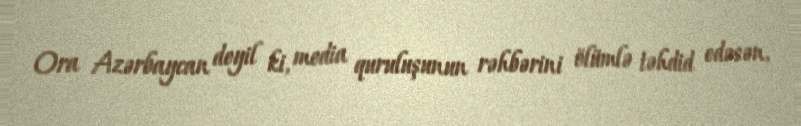
Ora Azərbaycan deyil ki, media quruluşunun rəhbərini ölümlə təhdid edəsən,